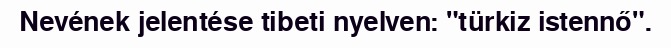
Nevének jelentése tibeti nyelven: "türkiz istennő".